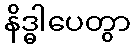
နိဒ္ဓါပေတွာ